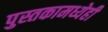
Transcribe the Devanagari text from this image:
पुस्तकामध्येही